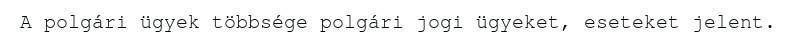
A polgári ügyek többsége polgári jogi ügyeket, eseteket jelent.